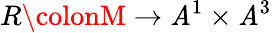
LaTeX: R\colonM\to\mathit{A}^{1}\times\mathit{A}^{3}